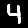
Digit: 4